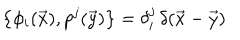
LaTeX: \bigl \{ \phi _ { i } ( \vec { x } ) , p ^ { j } ( \vec { y } ) \bigr \} = \delta _ { i } ^ { j } \, \delta ( \vec { x } - \vec { y } )